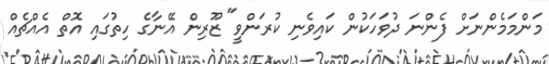
މަންމަމެންނަށް ފެންނަ ދުވަހަކުން ކައިވެނި ކުރަންވީ" ޒޫރިން އޭނާގެ ހިތުގައި އޮތް އެއްޗެއް